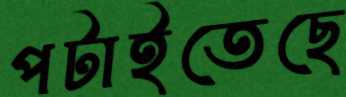
পটাইতেছে